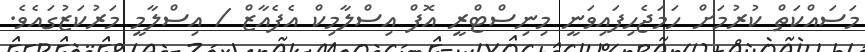
މަސައްކަތް ކުރުމަށް ހަމަޖެހިފައިވަނީ މިނިސްޓްރީ އޮފް އިސްލާމިކް އެފެއާޒް / އިސްލާމީ މަރުކަޒުގައެވެ.